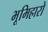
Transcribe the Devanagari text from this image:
भूमिहारो